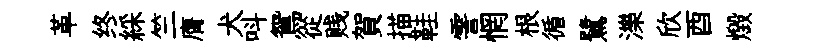
革终綵竺膺犬呌鴛從贱賀描鞋霅惘根循鷺濼欣酉燬